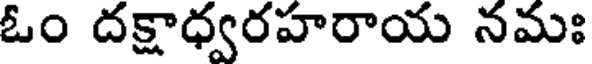
ఓం దక్షాధ్వరహరాయ నమః